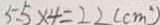
5 . 5 \times 4 = 2 2 ( c m ^ { 2 } )